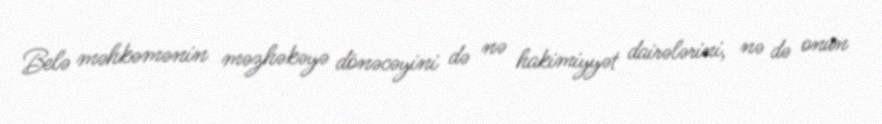
Belə məhkəmənin məzhəkəyə dönəcəyini də nə hakimiyyət dairələrini, nə də onun